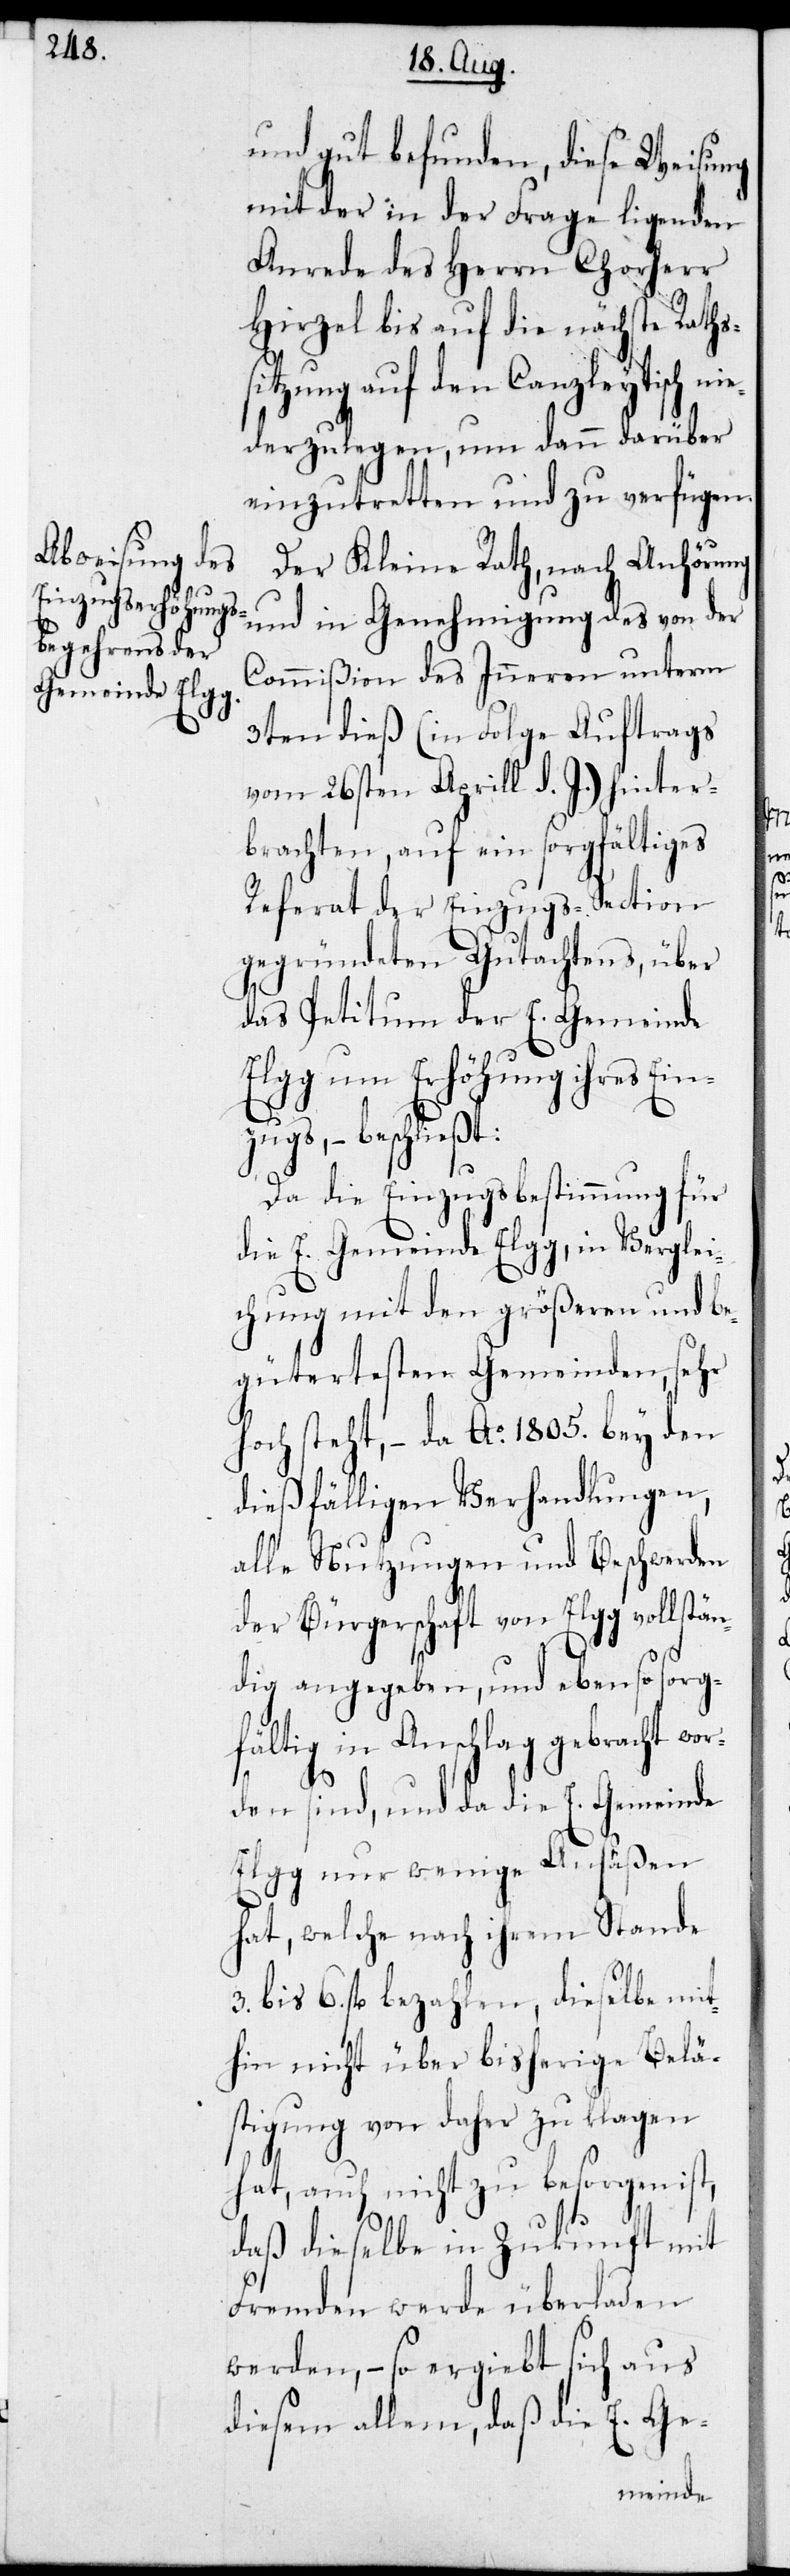
und gut befunden, diese Weisung
mit der in der Frage ligenden
Anrede des Herrn Chorherr
Hirzel bis auf die nächste Raths¬
itzung auf den Canzleytisch n¬
iederzulegen, um dann darüber
einzutretten und zu verfügen.
Der Kleine Rath, nach Anhörung
und in Genehmigung des von der
Commißion des Inneren unterm
3ten dieß (in Folge Auftrags
vom 26sten Aprill d. J.) hinter¬
brachten, auf ein sorgfältiges
Referat der Einzugs-Section
gegründeten Gutachtens, über
das Petitum der E. Gemeinde
Elgg um Erhöhung ihres Ein¬
gs, – beschließt:
Da die Einzugsbestimmung für
die E. Gemeinde Elgg, in Verglei¬
chung mit den größeren und be¬
gütertesten Gemeinden, sehr
hoch steht, – da Ao. 1805. bey den
dießfälligen Verhandlungen,
alle Nutzungen und Beschwerden
der Bürgerschaft von Elgg vollstän¬
dig angegeben, und ebenso sorg¬
fältig in Anschlag gebracht wor¬
zu¬
den sind, und da die E. Gemeinde
Elgg nur wenige Ansäßen
hat, welche nach ihrem Stande
6. fl. bezahlen, dieselbe mit¬
hin nicht über bisherige Belä¬
stigung von daher zu klagen
hat, auch nicht zu besorgen ist,
daß dieselbe in Zukunft mit
Fremden werde überladen
werden, – so ergiebt sich aus
diesem allem, daß die E. Ge-